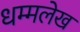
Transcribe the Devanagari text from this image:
धम्मलेख